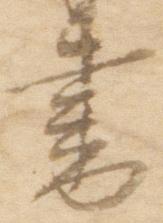
書